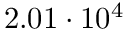
2 . 0 1 \cdot 1 0 ^ { 4 }